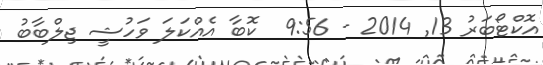
އޮކްޓޯބަރު 13